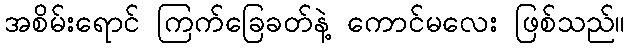
အစိမ်းရောင် ကြက်ခြေခတ်နဲ့ ကောင်မလေး ဖြစ်သည်။